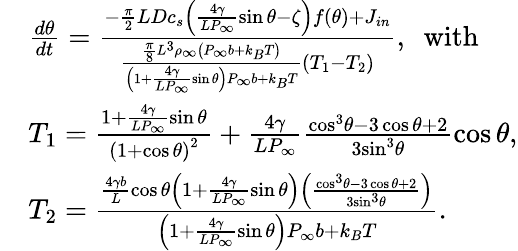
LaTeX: \begin{array}{rl}&{\frac{d\theta}{dt}=\frac{-\frac{\pi}{2}LD{{c}_{s}}\left(\frac{{4\gamma}}{LP_{\infty}}\sin\theta-\zeta\right)f\left(\theta\right)+{{J}_{in}}}{\frac{\frac{\pi}{8}{{L}^{3}}{{\rho}_{\infty}}\left({{P}_{\infty}}{b}+{{k}_{B}}T\right)}{\left(1+\frac{4\gamma}{L{{P}_{\infty}}}\sin\theta\right){{P}_{\infty}}{b}+{{k}_{B}}T}\left({{T}_{1}}-{{T}_{2}}\right)},\, \, \, \mathrm{with}}\\ &{{{T}_{1}}=\frac{1+\frac{4\gamma}{L{{P}_{\infty}}}\sin\theta}{{{\left(1+\cos\theta\right)}^{2}}}+\frac{4\gamma}{L{{P}_{\infty}}}\frac{{{\cos}^{3}}\theta-3\cos\theta+2}{3{{\sin}^{3}}\theta}\cos\theta,}\\ &{{{T}_{2}}=\frac{\frac{4\gamma{b}}{L}\cos\theta\left(1+\frac{4\gamma}{L{{P}_{\infty}}}\sin\theta\right)\left(\frac{{{\cos}^{3}}\theta-3\cos\theta+2}{3{{\sin}^{3}}\theta}\right)}{\left(1+\frac{4\gamma}{L{{P}_{\infty}}}\sin\theta\right){{P}_{\infty}}b+{{k}_{B}}T}.}\end{array}